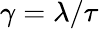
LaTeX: \gamma=\lambda/\tau